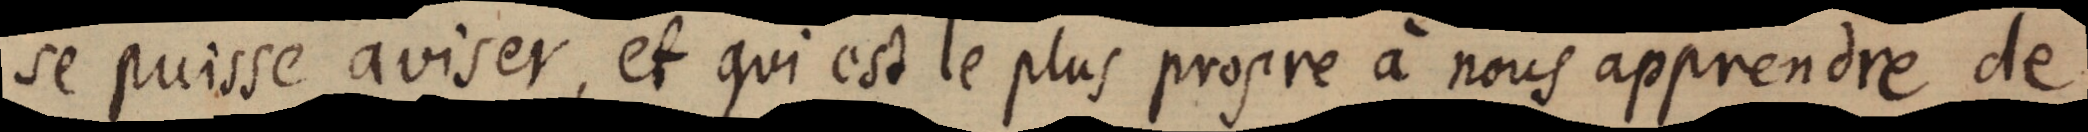
se puisse aviser, et qui est le plus propre a nous apprendre de